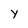
Character: Y